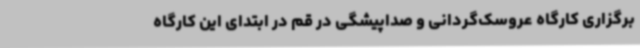
برگزاری کارگاه عروسک‌گردانی و صداپیشگی در قم در ابتدای این کارگاه